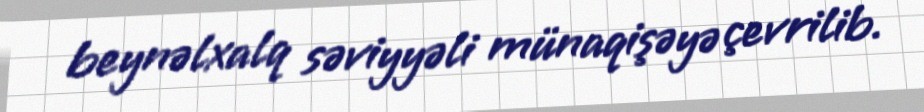
beynəlxalq səviyyəli münaqişəyə çevrilib.